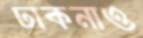
ঢাকনাও